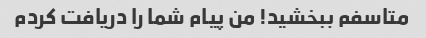
متاسفم ببخشید! من پیام شما را دریافت کردم